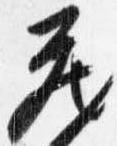
蔵